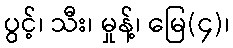
ပွင့်၊ သီး၊ မှုန့်၊ မြေ(၄)၊